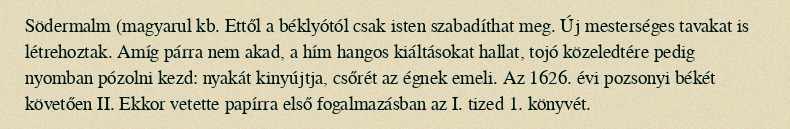
Södermalm (magyarul kb. Ettől a béklyótól csak isten szabadíthat meg. Új mesterséges tavakat is létrehoztak. Amíg párra nem akad, a hím hangos kiáltásokat hallat, tojó közeledtére pedig nyomban pózolni kezd: nyakát kinyújtja, csőrét az égnek emeli. Az 1626. évi pozsonyi békét követően II. Ekkor vetette papírra első fogalmazásban az I. tized 1. könyvét.